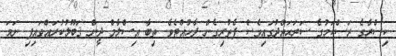
ކިސްރާގެ ރަސްކަމުގެ ސަރަޙައްދުގައިވެސް ފެތުރިގެން ދާހުއްޓެވެ. ތިބާ އިސްލާމް ދީން ޤަބޫލުކުރައްވައިފި ނަމަ